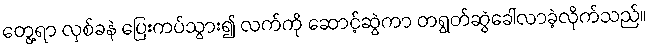
တွေ့ရာ လှစ်ခနဲ ပြေးကပ်သွား၍ လက်ကို ဆောင့်ဆွဲကာ တရွတ်ဆွဲခေါ်လာခဲ့လိုက်သည်။